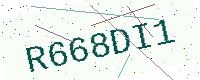
Text: R668DI1